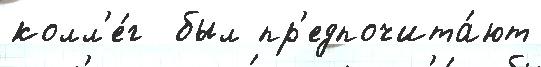
колл'е́г  был пр'едпочита́ют